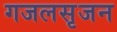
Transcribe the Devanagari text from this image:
गजलसृजन